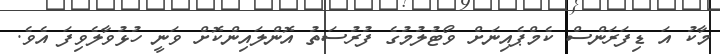
މާކު އަ ޑިފަރަންސް ކެމްޕެއިނަށް ވޯޓުލުމުގެ ފުރުސަތު އޮންލައިންކޮށް ވަނީ ހުޅުވާލެވިފަ އެވެ.